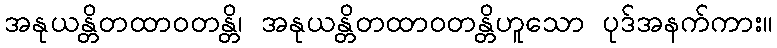
အနုယန္တိတထာဝတန္တိ၊ အနုယန္တိတထာဝတန္တိဟူသော ပုဒ်အနက်ကား။